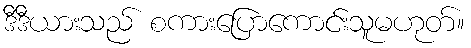
ဒီဒီယားသည် စကားပြောကောင်းသူမဟုတ်။